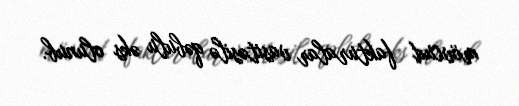
mövcud fakturalar vasitəsilə qəbulu əks olunub.